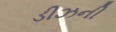
ડીઝની